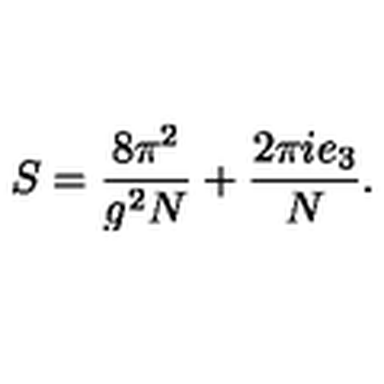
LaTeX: S = \frac { 8 \pi ^ { 2 } } { g ^ { 2 } N } + \frac { 2 \pi i e _ { 3 } } { N } .